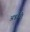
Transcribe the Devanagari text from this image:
अन्नवैरी